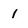
Character: 1